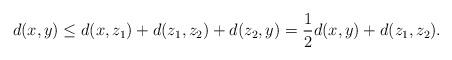
LaTeX: \begin{align*}d(x, y) \le d(x, z_1)+d(z_1, z_2)+d(z_2, y) = {1\over 2}d(x, y)+d(z_1, z_2).\end{align*}